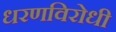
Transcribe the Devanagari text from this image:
धरणविरोधी